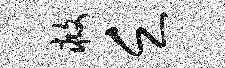
救乏